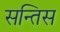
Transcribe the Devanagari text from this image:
सन्तिस